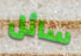
سائل